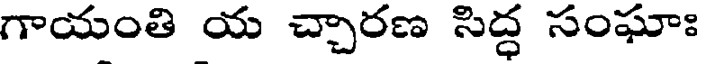
గాయంతి య చ్చారణ సిద్ధ సంఘాః